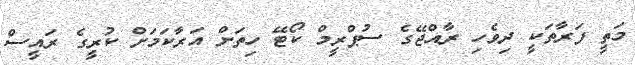
މަތީ ފަރާތަކީ ދިވެހި ރާއްޖޭގެ ސުޕްރީމް ކޯޓޭ ހިތަށް އަރާކަމަށް ކުރީގެ ރައީސް